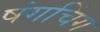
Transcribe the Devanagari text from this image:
षंगचिंग